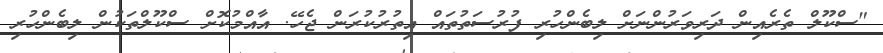
"ސްކޫލް ތެރެއިން ދަރިވަރުންނަށް ލިބެންހުރި ފުރުސަތުތައް އިތުރުކުރަން ޖެހޭ. އާއްމުކޮށް ސްކޫލްތަކުން ލިބެންހުރި